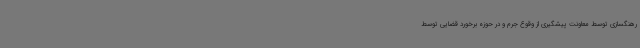
رهنگسازی توسط معاونت پیشگیری از وقوع جرم و در حوزه برخورد قضایی توسط